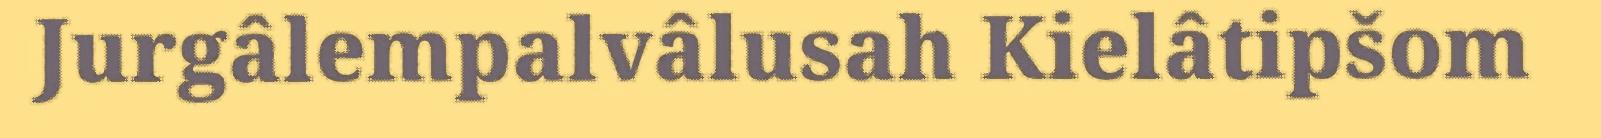
Jurgâlempalvâlusah Kielâtipšom